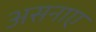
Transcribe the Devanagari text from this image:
असनाए